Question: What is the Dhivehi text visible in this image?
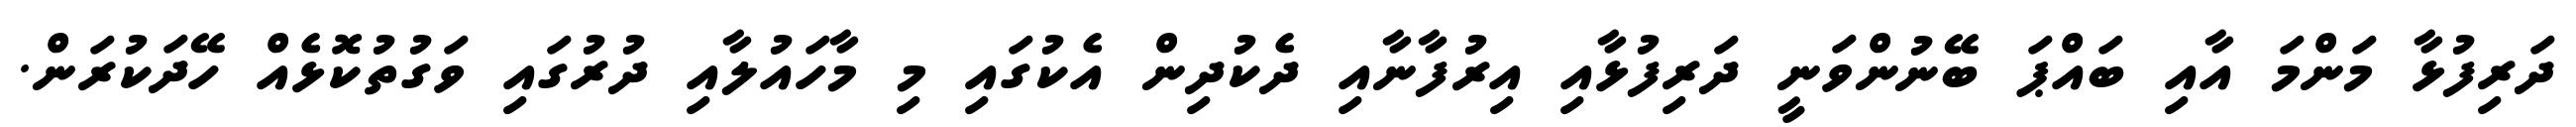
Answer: ދަރިފުޅާ މަންމަ އާއި ބައްޕަ ބޭނުންވަނީ ދަރިފުޅާއި އިރުފާނާއި ދެކުދިން އެކުގައި މި މާހައުލާއި ދުރުގައި ވަގުތުކޮޅެއް ހޭދަކުރަން.